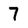
Character: 7